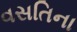
વસતિના